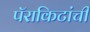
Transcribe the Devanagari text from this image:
पॅराकिटांची